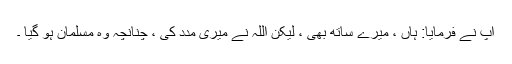
آپ نے فرمایا: ہاں ، میرے ساتھ بھی ، لیکن اللہ نے میری مدد کی ، چنانچہ وہ مسلمان ہو گیا ۔